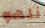
نلهو